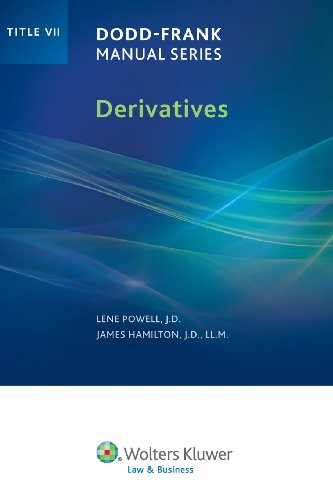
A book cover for Dodd Frank Manual Series: Derivatives (Title VII); Wolters Kluwer Law & Business Attorney-Editors; Law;